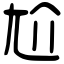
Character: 尬